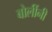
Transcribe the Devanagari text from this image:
बोलींनी